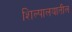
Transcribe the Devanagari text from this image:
शिल्पालयातील